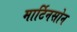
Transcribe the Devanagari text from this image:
मार्टिनसोन